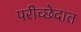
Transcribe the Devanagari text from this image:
परीच्छेदात